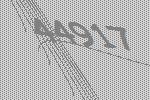
44917